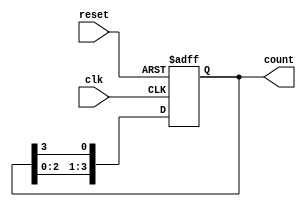
module ring_counter #(
    parameter N = 4 // Number of flip-flops
) (
    input wire clk,     // Clock input
    input wire reset,   // Asynchronous reset
    output reg [N-1:0] count // Output state of the ring counter
);

// Initial state of the ring counter
initial begin
    count = 1; // Set the initial state to 0001
end

// Always block for synchronous operation
always @(posedge clk or posedge reset) begin
    if (reset) begin
        count <= 1; // Reset to initial state
    end else begin
        // Shift the '1' to the right
        count <= {count[N-2:0], count[N-1]}; // Rotate the bits
    end
end

endmodule